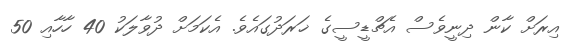
އިރަށް ކާން ދިނީވެސް އެޗްޑީސީގެ ޚަރަދުގައެވެ. އެކަމަށް ދުވާލަކު 40 ހާހާއި 50